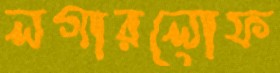
লগারলোফ